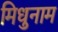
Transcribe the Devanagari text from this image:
मिधुनाम